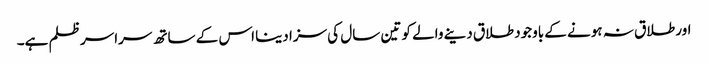
اور طلاق نہ ہونے کے باوجود طلاق دینے والے کو تین سال کی سزا دینا اس کے ساتھ سراسر ظلم ہے۔